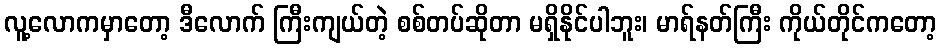
လူ့လောကမှာတော့ ဒီလောက် ကြီးကျယ်တဲ့ စစ်တပ်ဆိုတာ မရှိနိုင်ပါဘူး၊ မာရ်နတ်ကြီး ကိုယ်တိုင်ကတော့